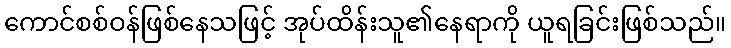
ကောင်စစ်ဝန်ဖြစ်နေသဖြင့် အုပ်ထိန်းသူ၏နေရာကို ယူရခြင်းဖြစ်သည်။